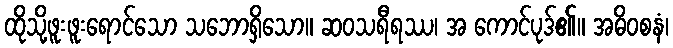
ထိုသို့ဖူးဖူးရောင်သော သဘောရှိသော။ ဆဝသရီရဿ၊ အ ကောင်ပုဒ်၏။ အဓိဝစနံ၊